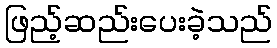
ဖြည့်ဆည်းပေးခဲ့သည်